Report on vaccination in the Province of Bengal - 1869-1873
Year: 1869
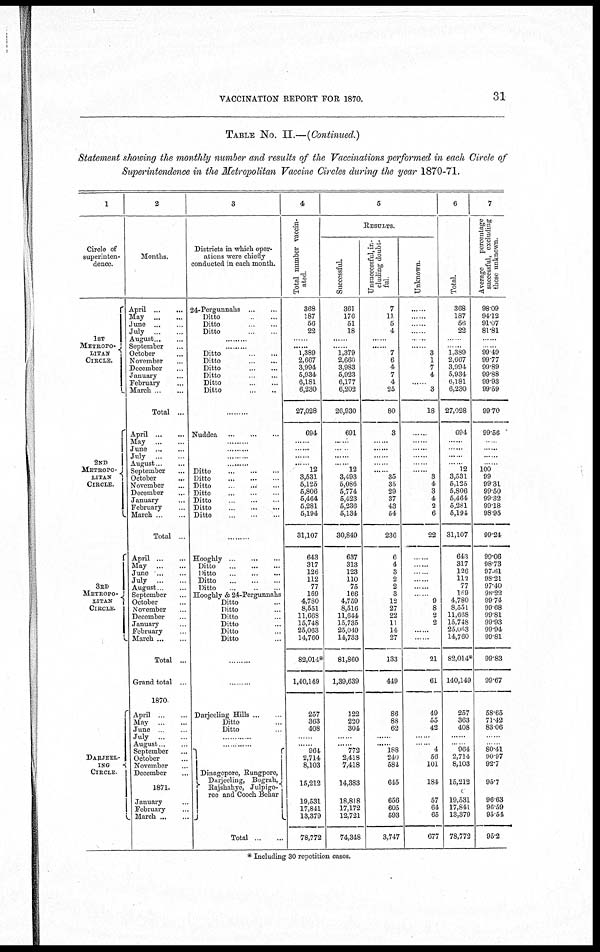
VACCINATION REPORT FOR 1870.
31
TABLE No. II.—(Continued.)
Statement showing the monthly number and results of the Vaccinations performed in each Circle of
Superintendence in the Metropolitan Vaccine Circles during the year 1870-71.
1
Circle of
superinten-
dence.
1ST
METROPO¬
LITAN
CIRCLE.
2ND
METEOPO-
LITAN
CIRCLE.
3RD
METROPO-
LITAN
CIRCLE.
DARJEEL-
ING
CIRCLE.
2
Months.
April...
...
May ...
...
June ...
July..
...
August...
...
September... ...
October... ...
November... ...
December... ...
January... ...
February... ...
March... ...
Total ...
April...
...
May ... ...
June
...
...
July ... ...
August...
...
September...
October ...
November ...
December ...
January...
February...
March ... ...
Total ...
April...
...
May ... ...
June...
...
July
...
...
August ... ...
September...
October... ...
November...
December...
January...
February...
March ... ...
Total ...
Grand total ...
1870.
April ... ...
May ... ...
June... ...
July ... ...
August... ...
September...
October...
November...
December...
1871.
January...
February...
March...
3
Districts in which oper-
ations were chiefly
conducted in each month.
24-Pergunnahs... ...
Ditto... ...
Ditto... ...
Ditto...
...
.........
.........
Ditto ... ...
Ditto...
...
Ditto
... ... ...
Ditto ... ...
Ditto... ...
Ditto...
...
.........
Nuddea...
...
...
.........
.........
.........
.........
Ditto...
...
...
Ditto
...
...
...
Ditto
...
...
...
Ditto
...
...
...
Ditto ... ... ...
Ditto
...
...
...
Ditto
...
...
...
.........
Hooghly
...
...
...
Ditto
...
...
...
Ditto
...
...
...
Ditto
...
...
...
Ditto
...
...
...
Hooghly & 24-Pergunnahs
Ditto...
Ditto...
Ditto...
Ditto...
Ditto...
Ditto...
.........
.........
Darjeeling Hills ... ...
Ditto...
Ditto ...
............
............
Dinagepore, Rungpore
Darjeeling, Bograh,
Rajshahye, Julprgo¬
ree and Cooch Behar
Total...
...
4
Total number vaccin-
ated.
368
187
56
22
......
...... 1,389
2,667
3,994
5,934
6,181
6,230
27,028
694
......
. ...
......
...... 12
3,531
5,125
5,806
5,464
5,281
5,194
31,107
643
317
126
112
77
169
4,780
8,551
11,668
15,748
25,063
14,760
82,014*
1,40,149
257
363
408
......
......
964
2,714
8,103
15,212
19,531
17,841
13,379
78,772
5
RESULTS.
Successful.
361
176
51
18
......
...... 1,379
2,660
3,983
5,923
6,177
6,202
26,930
691
......
......
......
...... 12
3,493
5,086
5,774
5,423
5,236
5,134
30,849
637
313
123
110
75
166
4,759
8,516
11,644
15,735
25,049
14,733
81,860
1,39,639
122
220
304
......
......
772
2,418
7,418
14,383
18,818
17,172
12,721
74,348
Unsuccessful, in-
cluding doubt-
ful
7
11
5
4
......
...... 7
6
4
7
4
25
80
3
......
...... ......
......
...... 35
35
29
37
43
54
236
6
4
3
2
2
3
13
27
22
11
14
27
133
449
86
88
62
......
......
188
240
584
645
656
605
593
3,747
Unknown.
......
......
......
......
......
...... 3
1
7
4
......
3
18
......
...... ......
......
......
...... 3
4
3
4
2
6
22
......
......
......
......
......
......
9
8
2
2
......
......
21
61
49
55
42
......
......
4
56
101
184
57
64
65
677
6
Total.
368
187
56
22
......
...... 1,389
2,667
3,994
5,934
6,181
6,230
27,028
694
......
......
......
...... 12
3,531
5,125
5,806
6,464
5,281
5,194
31,107
643
317
126
112
77
169
4,780
8,551
11,668
15,748
25,063
14,760
82,014*
140,149
257
363
408
......
......
964
2,714
8,103
15,212
19,531
17,841
13,379
78,772
7
Average
percentage
successful, excluding
those unknown.
98.09
94.12
91.07
81.81
......
...... 99.49
99.77
99.89
99.88
99.93
99.59
99.70
99.56
......
......
......
......
100
99
99.31
99.50
99.32
99.18
98.95
99.24
99.06
98.73
97.61
98.21
97.40
98.22
99.74
99.68
99.81
99.93
99.94
99.81
99.83
99.67
58.65
71.42
83.06
......
......
80.41
90.97
92.7
95.7
96.63
96.59
95.54
95.2
* Including 30 repetition cases.